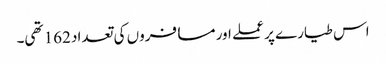
اس طیارے پر عملے اور مسافروں کی تعداد 162 تھی۔